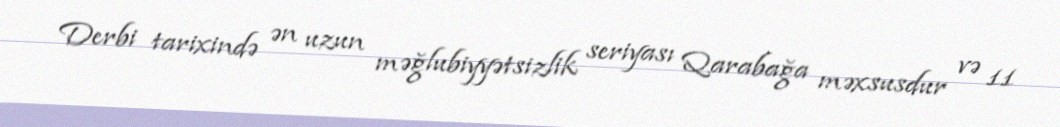
Derbi tarixində ən uzun məğlubiyyətsizlik seriyası Qarabağa məxsusdur və 11